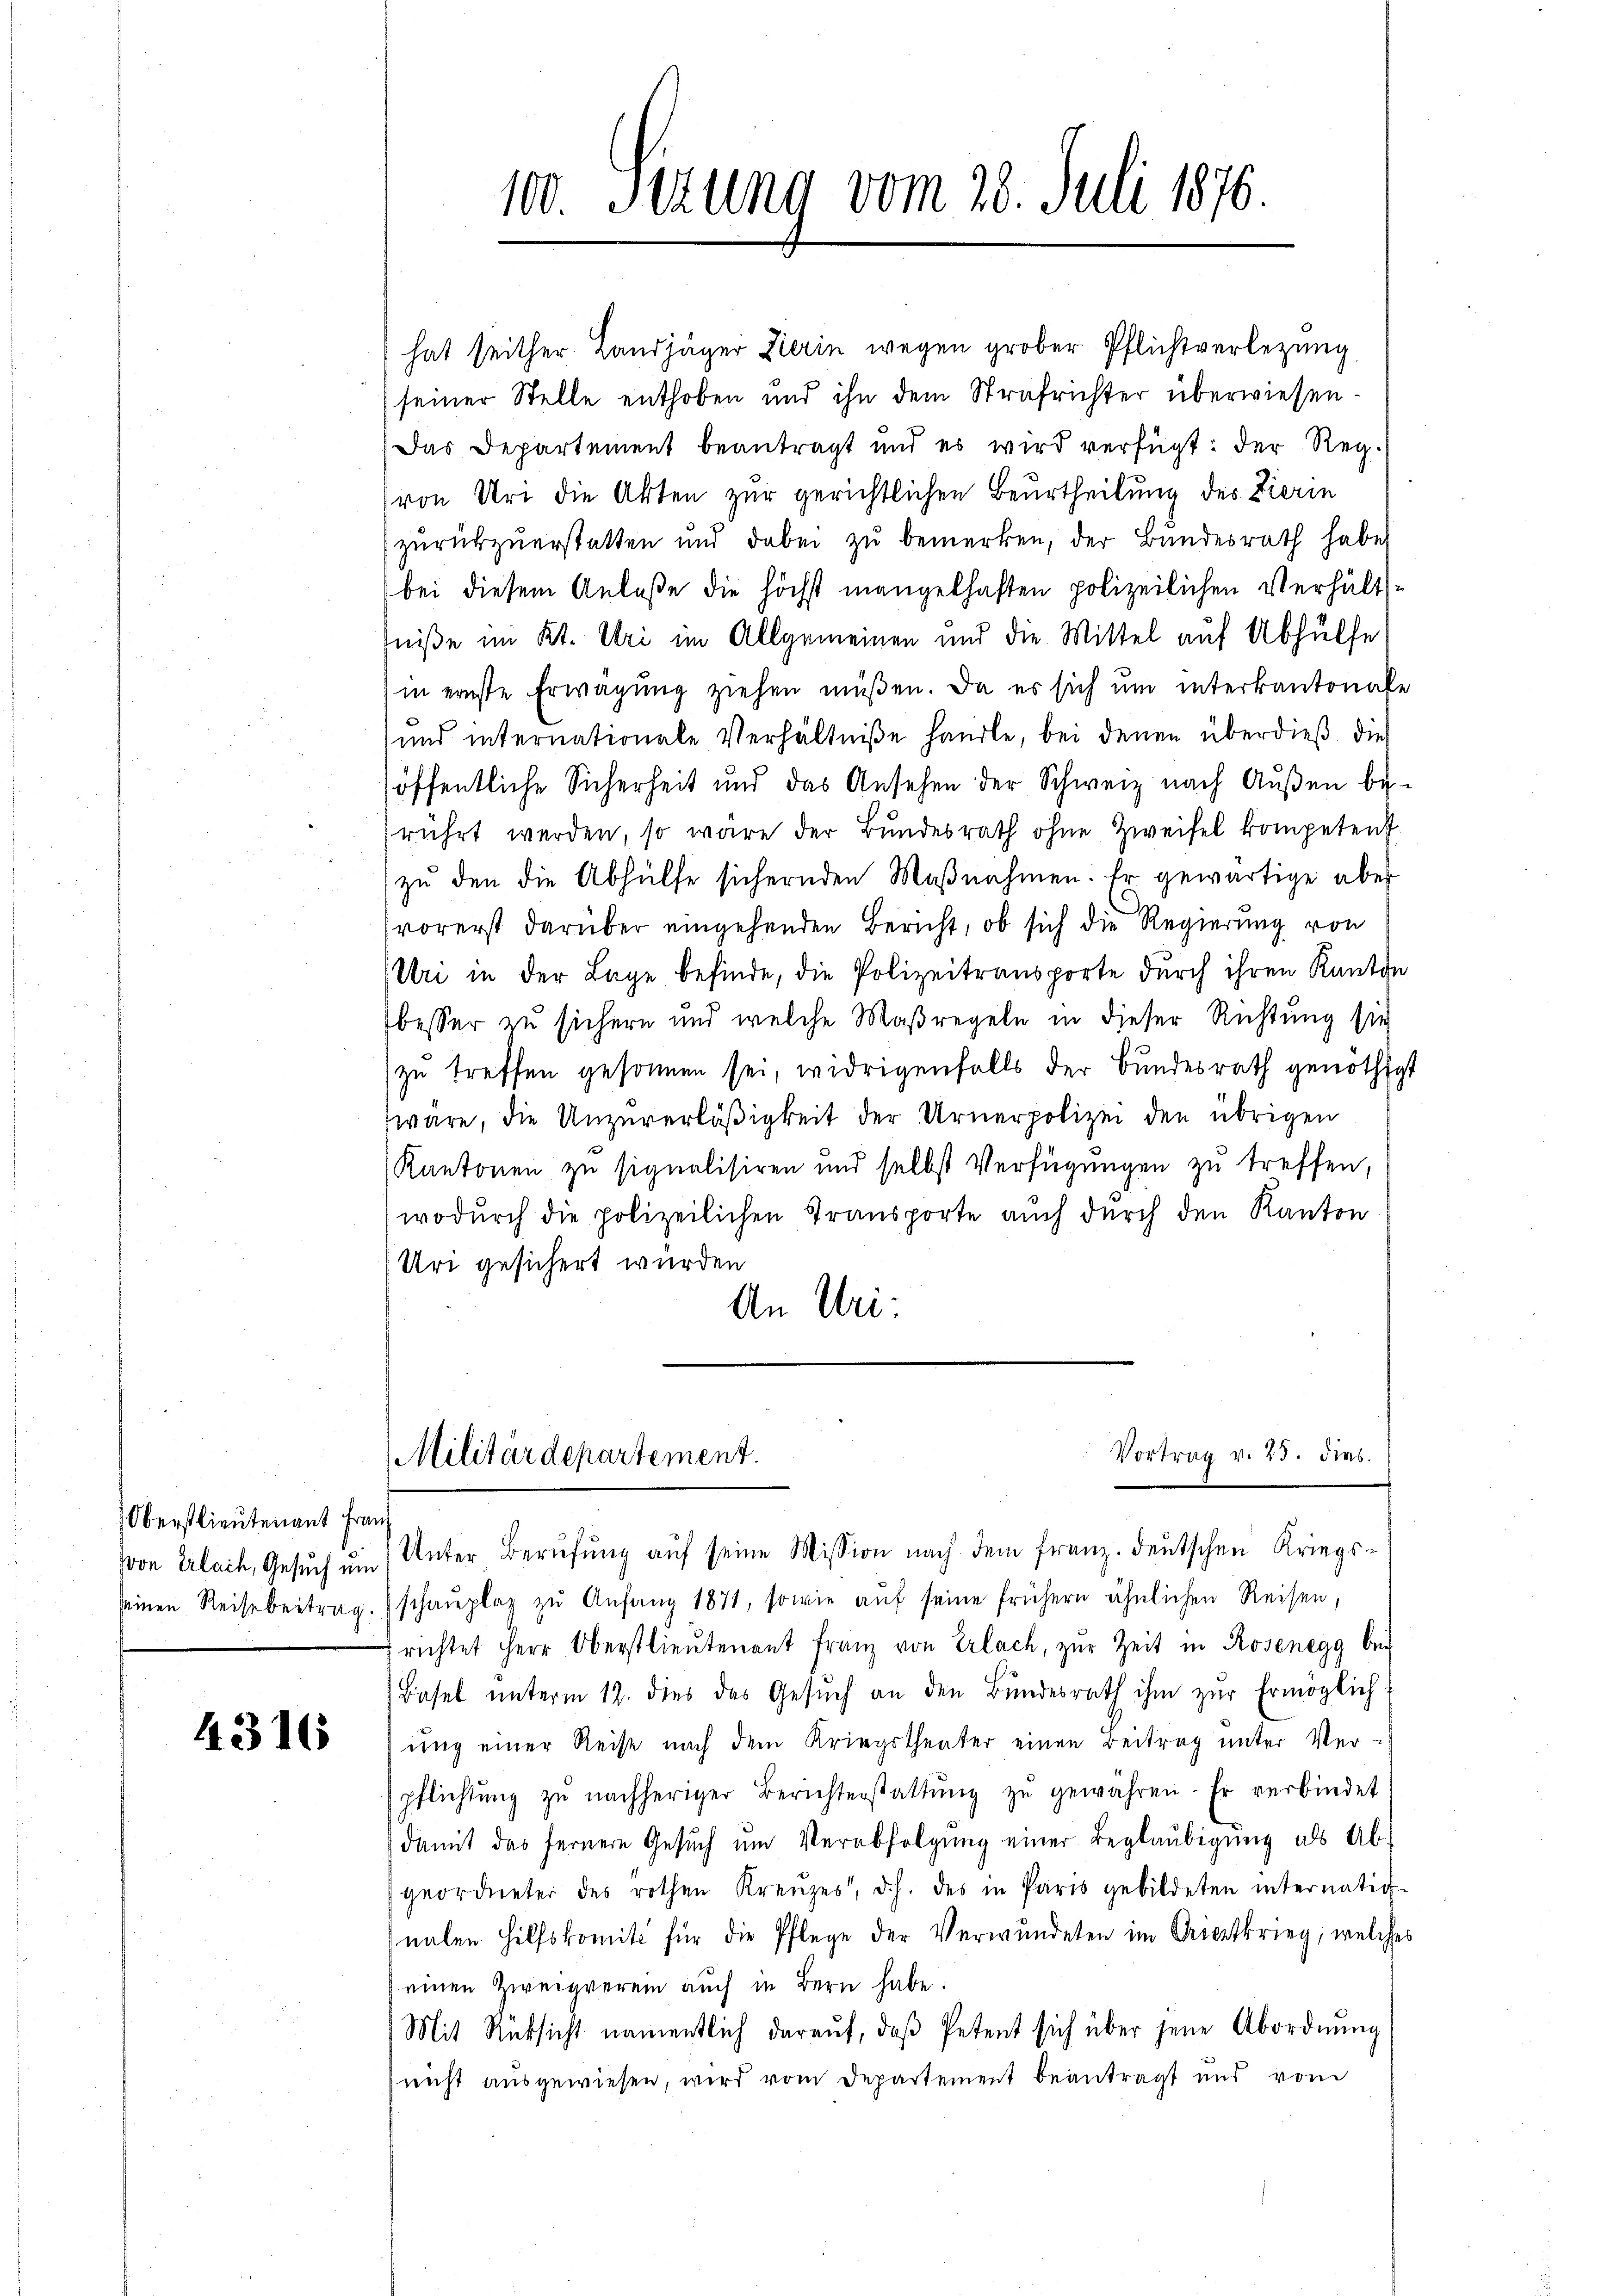
Oberstlieutenant Franz

4316

100. Sizung vom 28. Juli 1876.

(von Erlach, Gesuch um Unter Berufung auf seine Mission nach dem franz deutschen Kriegsseinen Reise beitrag. (schaŭplaz zu Anfang 1871, sowie aŭf seine frühern ähnlichen Reisen,
richtet Herr Oberstlieutenant Franz von Erlach, zŭr Zeit in Rosenegg bei
Basel ŭnterm 12. dies das Gesŭch an den Bŭndesrath ihm zŭr Ermöglich
ung einer Reise nach dem Kriegstheater einen Beitrag unter Ver-
pflichtŭng zŭ nachheriger Berichterstattŭng zŭ gewähren. Er verbindet
damit das fernere Gesŭch ŭm Verabfolgŭng einer Beglaubigung als Ab-
geordneter des rothen Kreŭzes, d.h. des in Paris gebildeten internatio-
nalen Hilfskomité für die Pflege der Verwundeten im Griestkrieg, welches
einen Zweigverein auch in Bern habe.
Mit Rücksicht namentlich daraŭf, daβ Petent sich über jene Abordnŭng
(nicht ausgewiesen, wird vom Departement beantragt und vom

hat seither Landjäger Zierin wegen grober Pflichtverlegung
seiner Stelle enthoben und ihn dem Strafrichter überwiesen¬
Das Departement beantragt und es wird verfügt: der Reg¬
(von Uri die Akten zur gerichtlichen Beurtheilung des Zierin
zŭrückzŭerstatten und dabei zŭ bemerken, der Bundesrath habe
bei diesem Anlaße die höchst mangelhaften polizeilichen Verhältfniße im Kt. Uri im Allgemeinen und die Mittel auf Abhülfe
in ernste Erwägung ziehen müßen. Da es sich um interkantonale
und internationale Verhältniße handle, bei denen überdieß die
öffentliche Sicherheit und das Ansehen der Schweiz nach Außen be-
rührt werden, so wäre der Bŭndesrath ohne Zweifel kompetent.
zŭ den die Abhülfe sichernden Maβnahmen. Er gewärtige aber
vorerst darüber eingehenden Bericht, ob sich die Regierung von
Uri in der Lage, befinde, die Polizeitransporte durch ihren Kanton
besser zu sichern und welche Maßregeln in dieser Richtung sie
zŭ treffen gesonnen sei, widrigenfalls der Bundesrath genöthigt
wäre, die Unzuverläßigkeit der Urnerpolizei den übrigen
Kantonen zu signalisiren und selbst Verfügungen zu treffen,
wodŭrch die polizeilichen Transporte auch durch den Kanton
Uri gesichert wurden
An Uri:
Vortrag v. 23. dies
Militärdepartement.